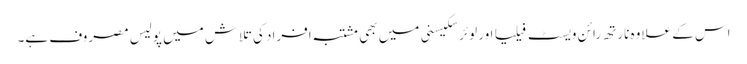
اس کے علاوہ نارتھ رائن ویسٹ فیلیا اور لوئر سکیسنی میں بھی مشتبہ افراد کی تلاش میں پولیس مصروف ہے۔